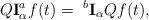
LaTeX: \begin{align*} Q\textbf{I}_\alpha ^a f(t)= ~^{b}\textbf{I}_\alpha Qf(t),\end{align*}